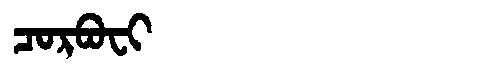
Manchu: ᠴᠣᡵᠪᠣᠸᡳ
Romanization: CORBOFI